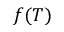
f ( T )